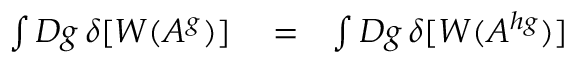
\begin{array} { r l r } { \int { \cal D } g \, \delta [ W ( A ^ { g } ) ] } & { { } = } & { \int { \cal D } g \, \delta [ W ( A ^ { h g } ) ] } \end{array}